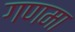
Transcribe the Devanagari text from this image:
गणमा